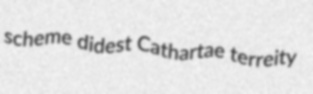
scheme didest Cathartae terreity